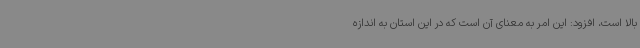
بالا است، افزود: این امر به معنای آن است که در این استان به اندازه